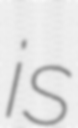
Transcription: is